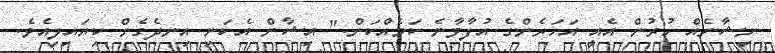
ނިޝާނެއް ހުރުން އެއީ އަހަރެންގެ އުފާވާނެ ކަމެއްކަން." އިޝާން އެކަނި އިނދެގެން ކިޔައިލިއެވެ.